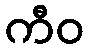
ကီဝ